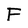
Character: F